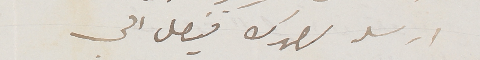
ارسله لصهرك فيصل الى